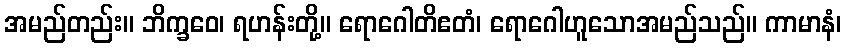
အမည်တည်း။ ဘိက္ခဝေ၊ ရဟန်းတို့။ ရောဂေါတိဧတံ၊ ရောဂေါဟူသောအမည်သည်။ ကာမာနံ၊